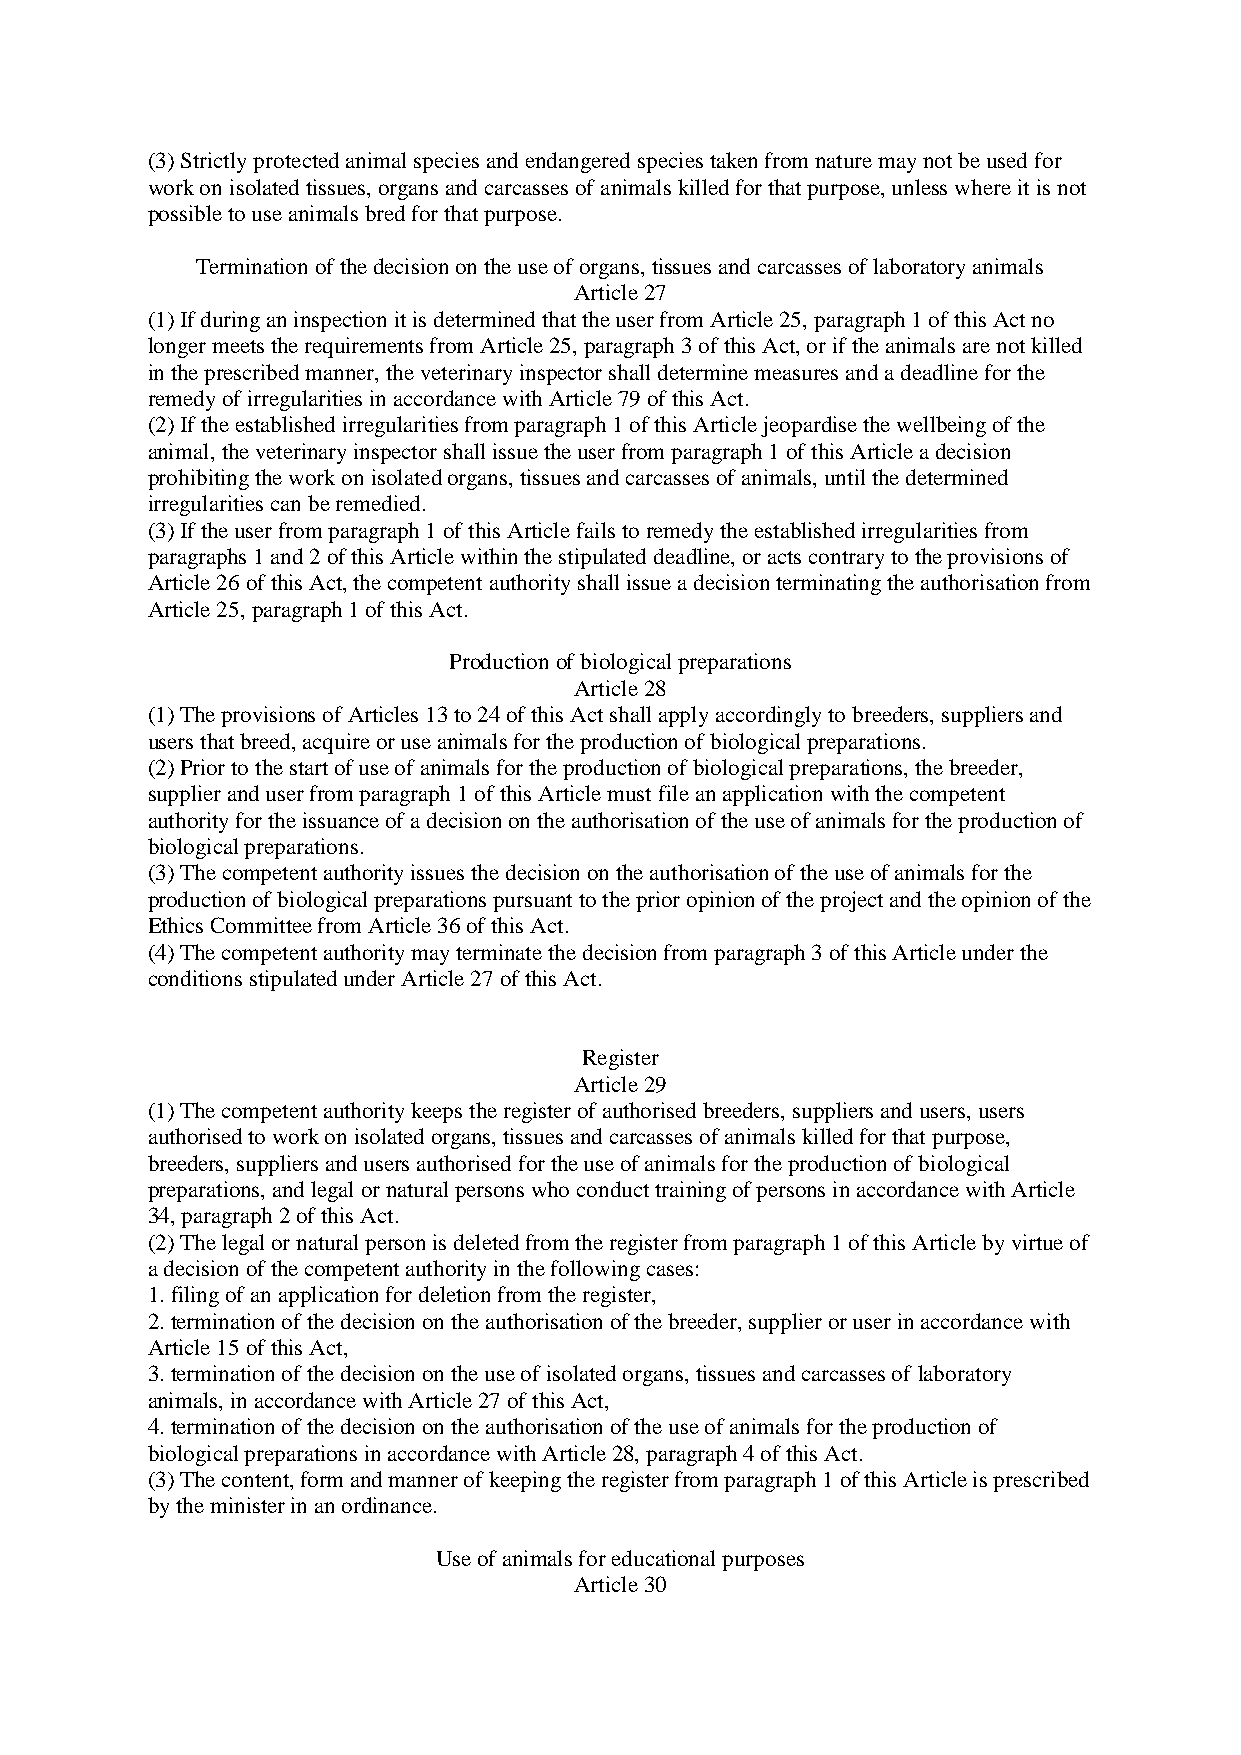
(3) Strictly protected animal species and endangered species taken from nature may not be used for
 work on isolated tissues, organs and carcasses of animals killed for that purpose, unless where it is not
 possible to use animals bred for that purpose.
 Termination of the decision on the use of organs, tissues and carcasses of laboratory animals
 Article 27
 (1) If during an inspection it is determined that the user from Article 25, paragraph 1 of this Act no
 longer meets the requirements from Article 25, paragraph 3 of this Act, or if the animals are not killed
 in the prescribed manner, the veterinary inspector shall determine measures and a deadline for the
 remedy of irregularities in accordance with Article 79 of this Act.
 (2) If the established irregularities from paragraph 1 of this Article jeopardise the wellbeing of the
 animal, the veterinary inspector shall issue the user from paragraph 1 of this Article a decision
 prohibiting the work on isolated organs, tissues and carcasses of animals, until the determined
 irregularities can be remedied.
 (3) If the user from paragraph 1 of this Article fails to remedy the established irregularities from
 paragraphs 1 and 2 of this Article within the stipulated deadline, or acts contrary to the provisions of
 Article 26 of this Act, the competent authority shall issue a decision terminating the authorisation from
 Article 25, paragraph 1 of this Act.
 Production of biological preparations
 Article 28
 (1) The provisions of Articles 13 to 24 of this Act shall apply accordingly to breeders, suppliers and
 users that breed, acquire or use animals for the production of biological preparations.
 (2) Prior to the start of use of animals for the production of biological preparations, the breeder,
 supplier and user from paragraph 1 of this Article must file an application with the competent
 authority for the issuance of a decision on the authorisation of the use of animals for the production of
 biological preparations.
 (3) The competent authority issues the decision on the authorisation of the use of animals for the
 production of biological preparations pursuant to the prior opinion of the project and the opinion of the
 Ethics Committee from Article 36 of this Act.
 (4) The competent authority may terminate the decision from paragraph 3 of this Article under the
 conditions stipulated under Article 27 of this Act.
 Register
 Article 29
 (1) The competent authority keeps the register of authorised breeders, suppliers and users, users
 authorised to work on isolated organs, tissues and carcasses of animals killed for that purpose,
 breeders, suppliers and users authorised for the use of animals for the production of biological
 preparations, and legal or natural persons who conduct training of persons in accordance with Article
 34, paragraph 2 of this Act.
 (2) The legal or natural person is deleted from the register from paragraph 1 of this Article by virtue of
 a decision of the competent authority in the following cases:
 1. filing of an application for deletion from the register,
 2. termination of the decision on the authorisation of the breeder, supplier or user in accordance with
 Article 15 of this Act,
 3. termination of the decision on the use of isolated organs, tissues and carcasses of laboratory
 animals, in accordance with Article 27 of this Act,
 4. termination of the decision on the authorisation of the use of animals for the production of
 biological preparations in accordance with Article 28, paragraph 4 of this Act.
 (3) The content, form and manner of keeping the register from paragraph 1 of this Article is prescribed
 by the minister in an ordinance.
 Use of animals for educational purposes
 Article 30